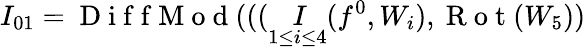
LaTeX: I_{01}=\mathrm{~D~i~f~f~M~o~d~}(((\underset{\substack{1\leq i\leq 4}}I(f^{0},W_{i}),\mathrm{~R~o~t~}(W_{5}))